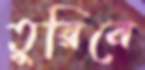
তুরিনে